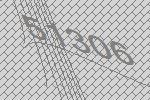
51306